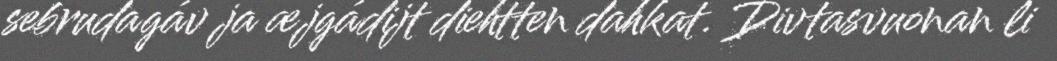
sebrudagáv ja æjgádijt diehtten dahkat. Divtasvuonan li